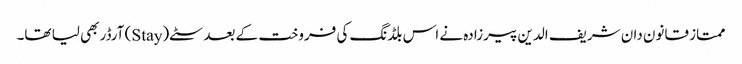
ممتاز قانون دان شریف الدین پیرزادہ نے اس بلڈنگ کی فروخت کے بعد سٹے(Stay) آرڈر بھی لیا تھا۔